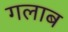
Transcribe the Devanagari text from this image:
गलाब